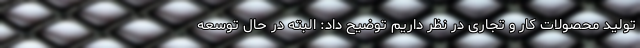
تولید محصولات کار و تجاری در نظر داریم توضیح داد: البته در حال توسعه